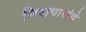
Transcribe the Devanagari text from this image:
निराधारांचे